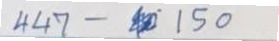
447 - 150